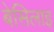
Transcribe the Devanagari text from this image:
बेसिलाइ